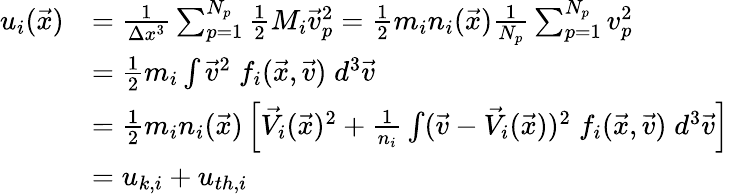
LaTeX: \begin{array}{rl}{u_{i}(\vec{x})}&{=\frac{1}{\Delta x^{3}}\sum_{p=1}^{N_{p}}\frac{1}{2}M_{i}\vec{v}_{p}^{2}=\frac{1}{2}m_{i}n_{i}(\vec{x})\frac{1}{N_{p}}\sum_{p=1}^{N_{p}}v_{p}^{2}}\\ &{=\frac{1}{2}m_{i}\int\vec{v}^{2}\; f_{i}(\vec{x},\vec{v})\; d^{3}\vec{v}}\\ &{=\frac{1}{2}m_{i}n_{i}(\vec{x})\left[\vec{V_{i}}(\vec{x})^{2}+\frac{1}{n_{i}}\int(\vec{v}-\vec{V}_{i}(\vec{x}))^{2}\; f_{i}(\vec{x},\vec{v})\; d^{3}\vec{v}\right]}\\ &{=u_{k,i}+u_{th,i}}\end{array}